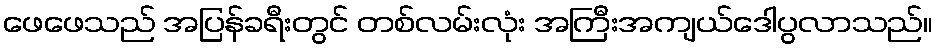
ဖေဖေသည် အပြန်ခရီးတွင် တစ်လမ်းလုံး အကြီးအကျယ်ဒေါပွလာသည်။